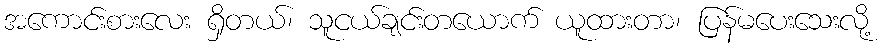
အကောင်းစားလေး ရှိတယ်၊ သူငယ်ချင်းတယောက် ယူထားတာ၊ ပြန်မပေးသေးလို့